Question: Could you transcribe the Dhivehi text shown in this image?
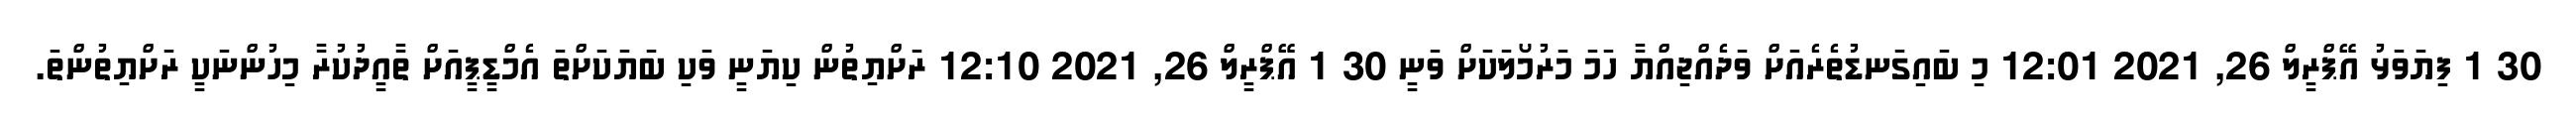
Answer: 30 1 ފިޔަވަޅު އޭޕްރީލް 26, 2021 12:01 މި ބައިގަނޑުތެރެއަށް ވަދެއްޖިއްޔާ ހަމަ މަރުމޯލަކަށް ވަނީ 30 1 އޭޕްރީލް 26, 2021 12:10 ރަށްޔިތުން ކިޔަނީ ވަކި ބަޔަކަށްތަ އެމްޑީޕީއަށް ތާއީދުކުރާ މިހުންނަކީ ރަށްޔިތުންތަ.